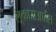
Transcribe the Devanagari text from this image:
लूकासआर्टस